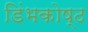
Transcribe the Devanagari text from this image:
डिंभकोष्ठ